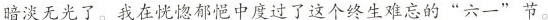
暗淡无光了。我在恍惚郁悒中度过了这个终生难忘的”六一”节。